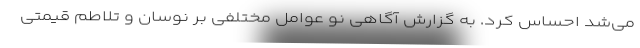
می‌شد احساس کرد. به گزارش آگاهی نو عوامل مختلفی بر نوسان و تلاطم قیمتی